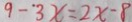
9 - 3 x = 2 x - 8